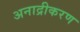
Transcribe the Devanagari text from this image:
अनाद्रीकरण